Medical and sanitary report of the native army of Bengal for the year
Year: 1875
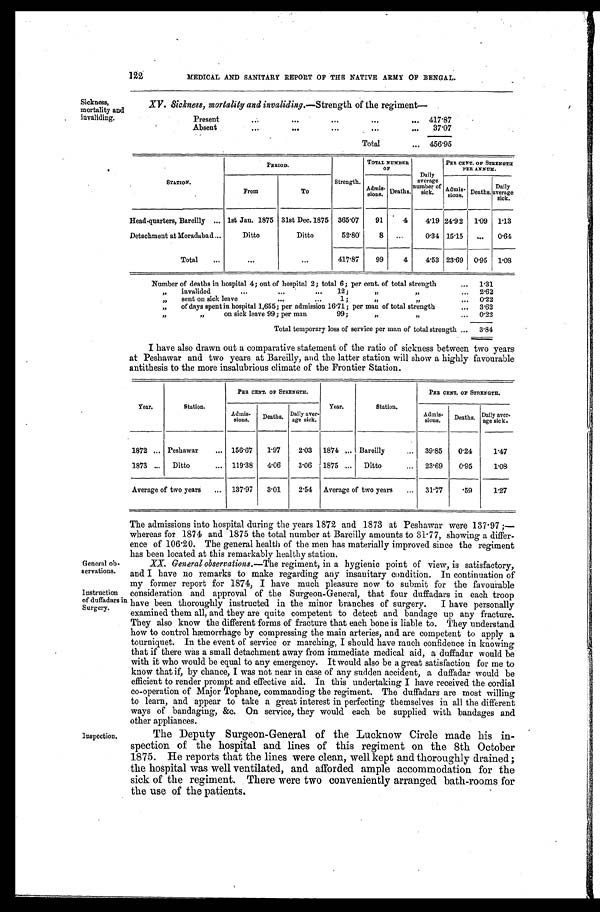
XV . Sickness, mortality and invaliding .—Strength of the regiment—
Present . . .
417.87
Absent . . .
37.07
Total . . . 456.95
Sickness,
mortality and
invaliding.
122
MEDICAL AND SANITARY REPORT OF THE NATIVE ARMY OF BENGAL.
STATION.
PERIOD.
Strength.
TOTAL NUMDER
OF
Daily
average
number of
sick.
PER CENT. OF STRENGTH
PER ANNUM.
From
To
Admis-
s i o n s . Deaths.
Admis- sions. Deaths.
Daily
average
sick.
Head-quarters, Bareilly . . . 1st Jan. 1875 31st Dec. 1875 365.07
91
4
4.19 24.92
1.09 1.13
Detachment at Moradabad . . .
Ditto
Ditto
52.80
8 . . .
0.34 15.15
. . .
0.64
Total . . .
. . .
. . .
417.87
99
4
4.53 23.69 0.95
1.08
Number of deaths in hospital 4; out of hospital 2; total 6; per cent. of total strength . . .
1.31
" i n v a l i d e d . . . 1 2 ; " " . . .
2.62
" sent on sick leave . . . 1; " " . . .
0.22
" of days spent in hospital 1,655; per admission 16.71; per man of total strength . . .
3.62
" " on sick leave 99; per man 99; " " . . .
0.22
Total temporary loss of service per man of total strength . . .
3.84
I have also drawn out a comparative statement of the ratio of sickness between two years
at Peshawar and two years at Bareilly, and the latter station will show a highly favourable
antithesis to the more insalubrious climate of the Frontier Station.
Year.
Station.
PRE CENT. OF STRENGTH.
Year.
Station.
PER CENT. OF STRENGTH.
Admis-
sions.
Deaths. Daily aver-
age sick.
Admis-
sions.
Deaths. Dai l y aver -
age sick.
1872 . . . Peshawar . . . 156.67
1.97
2.03
1874 . . . Bareilly . . . 39.85
0.24
1.47
1873 . . .
Ditto . . . 119.38
4.06
3.06
1875 . . . Ditto . . . 23.69
0.95
1.08
Average of two years . . .
137.97
3.01
2.54
Average of two years . . . 31.77
.59
1.27
General ob-
servations.
The admissions into hospital during the years 1872 and 1873 at Peshawar were 137.97
;—whereas for 1874 and 1875 the total number at Bareilly amounts to 31.77, showing a differ
-ence of 106.20. The general health of the men has materially improved since the regiment
has been located at this remarkably healthy station.
XX. General observations .—The regiment, in a hygienic point of view, is satisfactory,
and I have no remarks to make regarding any insanitary condition. In continuation of my former report for 1874, I have much pleasure now to submit for the favourable
Instruction
of duffadars in
Surgery.
consideration and approval of the Surgeon-General, that four duffadars in each troop
have been thoroughly instructed in the minor branches of surgery. I have personally
examined them all, and they are quite competent to detect and bandage up any fracture.
They also know the different forms of fracture that each bone is liable to. They understand
how to control hæmorrhage by compressing the main arteries, and are competent to apply a
tourniquet. In the event of service or marching, I should have much confidence in knowing
that if there was a small detachment away from immediate medical aid, a duffadar would be
with it who would be equal to any emergency. It would also be a great satisfaction for me to
know that if, by chance, I was not near in case of any sudden accident, a duffadar would be
efficient to render prompt and effective aid. In this undertaking I have received the cordial
co-operation of Major Tophane, commanding the regiment. The duffadars are most willing
to learn, and appear to take a great interest in perfecting themselves in all the different
ways of bandaging, &c. On service, they would each be supplied with bandages and
o t h e r a p p l i a n c e s .
Inspection.
The Deputy Surgeon-General of the Lucknow Circle made his in
-spection of the hospital and lines of this regiment on the 8th October
1875. He reports that the lines were clean, well kept and thoroughly drained;
the hospital was well ventilated, and afforded ample accommodation for the
sick of the regiment. There were two conveniently arranged bath-rooms, for
the use of the patients.